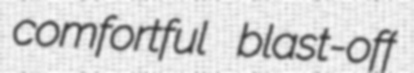
comfortful blast-off